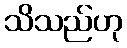
သိသည်ဟု